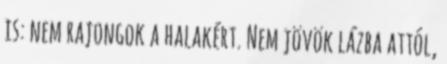
is: nem rajongok a halakért. Nem jövök lázba attól,